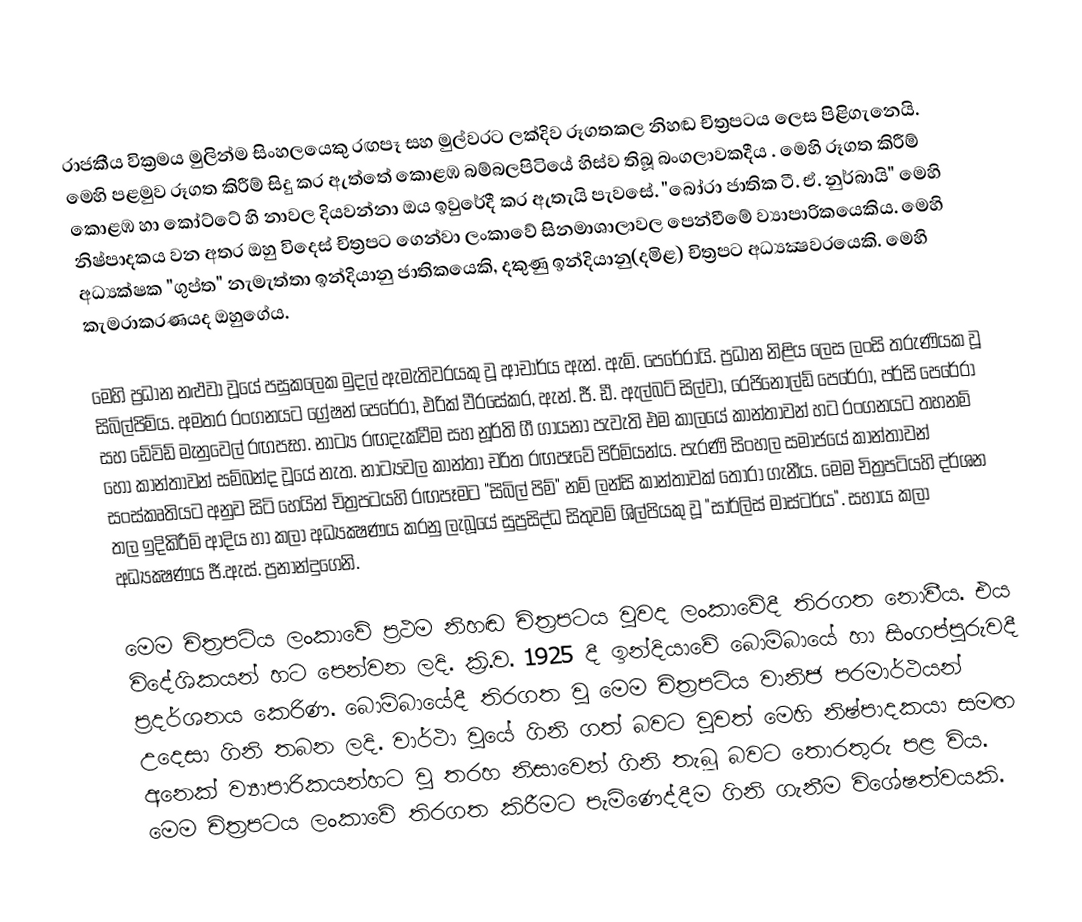
රාජකීය වික්‍රමය මුලින්ම සිංහලයෙකු රඟපෑ සහ මුල්වරට ලක්දිව රූගතකල නිහඬ චිත්‍රපටය ලෙස පිළිගැනෙයි. මෙහි පළමුව රූගත කිරීම් සිදු කර ඇත්තේ කොළඹ බම්බලපිටියේ හිස්‌ව තිබූ බංගලාවකදීය  . මෙහි රූගත කිරීම් කොළඹ හා කෝට්‌ටේ හි නාවල දියවන්නා ඔය ඉවුරේදී කර ඇතැයි පැවසේ. "බෝරා ජාතික ටී. ඒ. නුර්බායි" මෙහි නිෂ්පාදකය වන අතර ඔහු විදෙස් චිත්‍රපට ගෙන්වා ලංකාවේ සිනමාශාලාවල පෙන්වීමේ ව්‍යාපාරිකයෙකිය. මෙහි අධ්‍යක්ෂක "ගුප්ත" නැමැත්තා ඉන්දියානු ජාතිකයෙකි, දකුණු ඉන්දියානු(දමිළ) චිත්‍රපට අධ්‍යක්‍ෂවරයෙකි. මෙහි කැමරාකරණයද ඔහුගේය.

මෙහි ප්‍රධාන නළුවා වූයේ පසුකලෙක  මුදල් ඇමැතිවරයකු වූ ආචාර්ය ඇන්. ඇම්. පෙරේරායි. ප්‍රධාන නිළිය ලෙස ලංසි තරුණියක වූ සිබිල්පිම්ය. අමතර රංගනයට ග්‍රේෂන් පෙරේරා, එරික්‌ වීරසේකර, ඇන්. ජී. ඩී. ඇල්බට්‌ සිල්වා, රෙජිනෝල්ඩ් පෙරේරා, පර්සි පෙරේරා සහ ඩේවිඩ් මැනුවෙල් රඟපෑහ. නාට්‍ය රඟදැක්‌වීම සහ නූර්ති ගී ගායනා පැවැති එම කාලයේ කාන්තාවන් හට රංගනයට තහනම් හෝ කාන්තාවන් සම්බන්ද වූයේ නැත. නාට්‍යවල කාන්තා චරිත රඟපෑවේ පිරිමියන්ය. පැරණි සිංහල සමාජයේ කාන්තාවන් සංස්කෘතියට අනුව සිටි හෙයින් චිත්‍රපටයහි රඟපෑමට "සිබිල් පිම්" නම් ලන්සි කාන්තාවක් තෝරා ගැනීය.  මෙම චිත්‍රපටියහි දර්ශන තල ඉදිකිරීම් ආදිය හා කලා අධ්‍යක්‍ෂණය කරනු ලැබූයේ සුප්‍රසිද්ධ සිතුවම් ශිල්පියකු වූ "සාර්ලිස්‌ මාස්‌ටර්ය". සහාය කලා අධ්‍යක්‍ෂණය ජී.ඇස්‌. ප්‍රනාන්දුගෙනි.

මෙම චිත්‍රපටිය ලංකාවේ ප්‍රථම නිහඬ චිත්‍රපටය වූවද ලංකාවේදී තිරගත නොවීය. එය විදේශිකයන් හට පෙන්වන ලදි. ක්‍රි.ව. 1925 දී ඉන්දියාවේ බොම්බායේ හා සිංගප්පූරුවදී ප්‍රදර්ශනය කෙරිණ. බොම්බායේදී තිරගත වූ මෙම චිත්‍රපටිය වානිජ පරමාර්ථයන් උදෙසා ගිනි තබන ලදි. වාර්ථා වූයේ ගිනි ගත් බවට වුවත් මෙහි නිෂ්පාදකයා සමඟ අනෙක් ව්‍යාපාරිකයන්හට වූ තරහ නිසාවෙන් ගිනි තැබූ බවට තොරතුරු පළ විය. මෙම චිත්‍රපටය ලංකාවේ තිරගත කිරීමට පැමිණෙද්දීම ගිනි ගැනීම විශේෂත්වයකි.